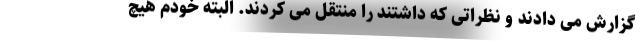
گزارش می دادند و نظراتی که داشتند را منتقل می کردند. البته خودم هیچ